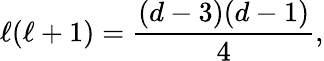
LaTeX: \ell(\ell+1)=\frac{(d-3)(d-1)}{4},